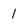
Character: 1